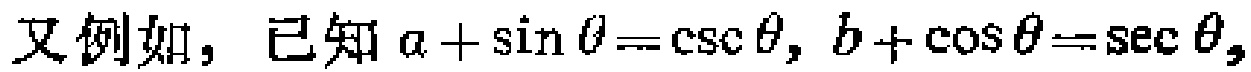
又例如，已知\(a + \sin\theta=\csc\theta, b + \cos\theta=\sec\theta,\)